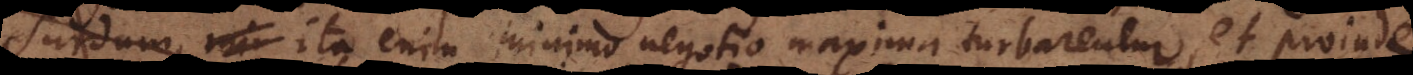
surdum, mi ita enim minimo negotio maxima turbarentur, et proinde